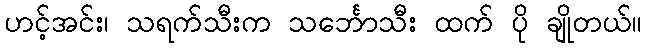
ဟင့်အင်း၊ သရက်သီးက သင်္ဘောသီး ထက် ပို ချိုတယ်။